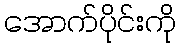
အောက်ပိုင်းကို